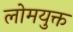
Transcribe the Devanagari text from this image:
लोमयुक्त